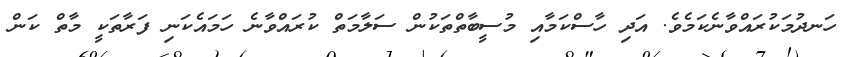
ހަނދުމަކުރައްވާނެކަމެވެ. އަދި ހާސްކަމާއި މުސީބާތްތަކުން ސަލާމަތް ކުރައްވާނެ ހަމައެކަނި ފަރާތަކީ މާތް ކަން